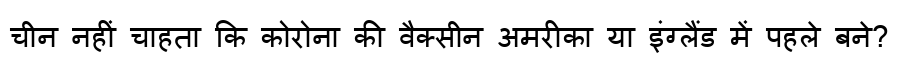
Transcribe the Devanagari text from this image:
चीन नहीं चाहता कि कोरोना की वैक्सीन अमरीका या इंग्लैंड में पहले बने?